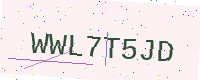
Text: WWL7T5JD